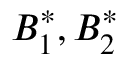
B _ { 1 } ^ { * } , B _ { 2 } ^ { * }